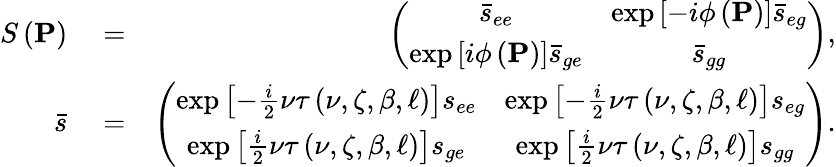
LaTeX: \begin{array}{rlr}{S\left(\mathbf{P}\right)}&{{}=}&{\left(\begin{array}{cc}{\bar{s}_{ee}}&{\exp\left[-i\phi\left(\mathbf{P}\right)\right]\bar{s}_{eg}}\\ {\exp\left[i\phi\left(\mathbf{P}\right)\right]\bar{s}_{ge}}&{\bar{s}_{gg}}\end{array}\right),}\\ {\bar{s}}&{{}=}&{\left(\begin{array}{cc}{\exp\left[-\frac{i}{2}\nu\tau\left(\nu,\zeta,\beta,\ell\right)\right]s_{ee}}&{\exp\left[-\frac{i}{2}\nu\tau\left(\nu,\zeta,\beta,\ell\right)\right]s_{eg}}\\ {\exp\left[\frac{i}{2}\nu\tau\left(\nu,\zeta,\beta,\ell\right)\right]s_{ge}}&{\exp\left[\frac{i}{2}\nu\tau\left(\nu,\zeta,\beta,\ell\right)\right]s_{gg}}\end{array}\right).}\end{array}